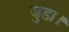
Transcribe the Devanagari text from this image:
जुडा।